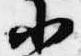
小